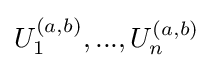
U_{1}^{(a,b)},...,U_{n}^{(a,b)}